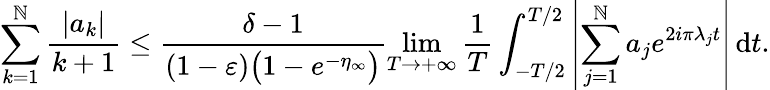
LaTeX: \sum_{k=1}^{\mathbb{N}}\frac{{|a_{k}|}}{{k+1}}\leq\frac{{\delta-1}}{{(1-\varepsilon)\bigl(1-e^{-\eta_{\infty}}\bigr)}}\operatorname*{lim}_{T\to+\infty}\frac{{1}}{{T}}\int_{-T/2}^{T/2}{\left|{\sum_{j=1}^{\mathbb{N}}a_{j}e^{2i\pi\lambda_{j}t}}\right|}\, \mathrm{{d}}t.